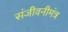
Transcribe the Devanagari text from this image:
संजीवनीमंत्र